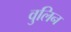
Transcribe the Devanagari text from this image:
वुलिन